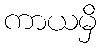
ကာယမှိ